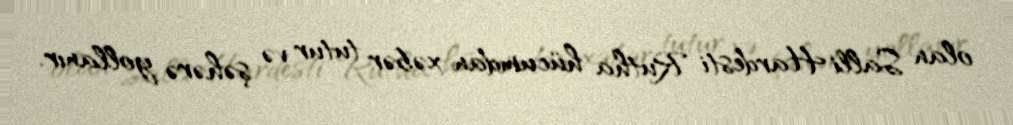
olan Salli Hardesti Rutha hücumdan xəbər tutur və şəhərə yollanır.